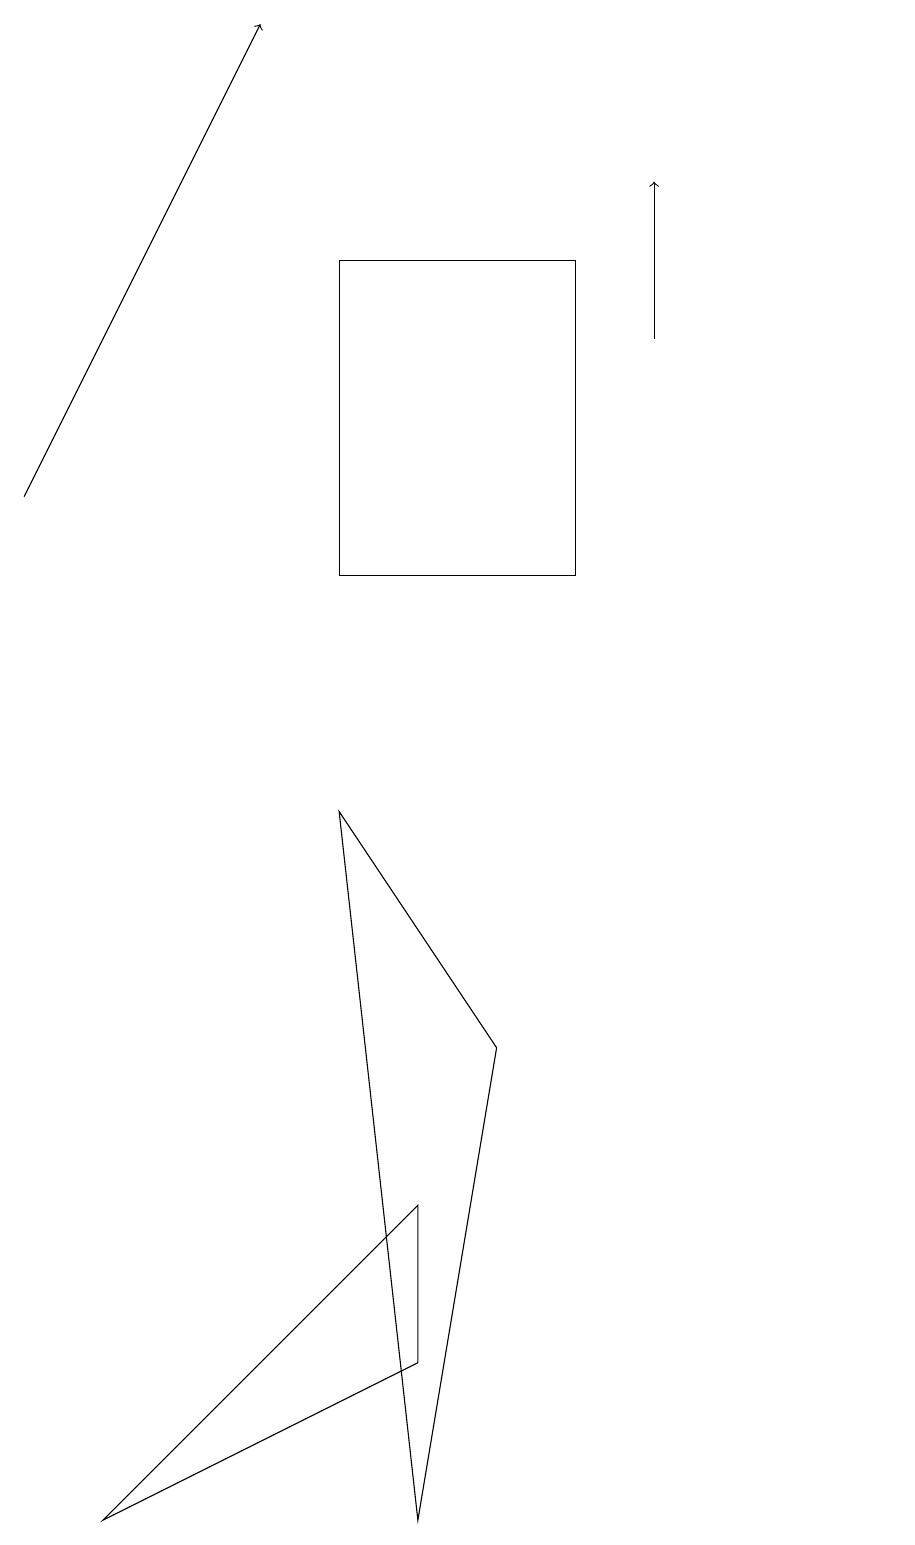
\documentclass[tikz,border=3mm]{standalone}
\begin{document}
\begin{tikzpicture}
\draw[->] (1,13) -- (4,19);
\draw[->] (9,15) -- (9,17);
\draw (6,2) -- (2,0) -- (6,4) -- cycle;
\draw (12,11) circle (0);
\draw (5,12) rectangle (8,16);
\draw (7,6) -- (6,0) -- (5,9) -- cycle;
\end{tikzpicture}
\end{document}